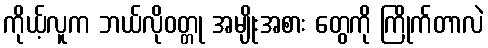
ကိုယ့်လူက ဘယ်လိုဝတ္တု အမျိုးအစား တွေကို ကြိုက်တာလဲ